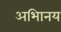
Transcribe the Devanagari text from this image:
अभािनय